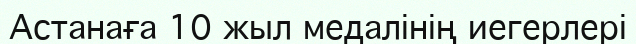
Астанаға 10 жыл медалінің иегерлері